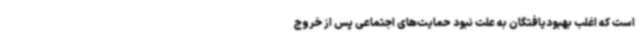
است که اغلب بهبودیافتگان به علت نبود حمایت‌های اجتماعی پس از خروج